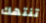
تنتهك